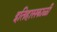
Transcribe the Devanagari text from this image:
इतिहासकाळी